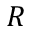
R